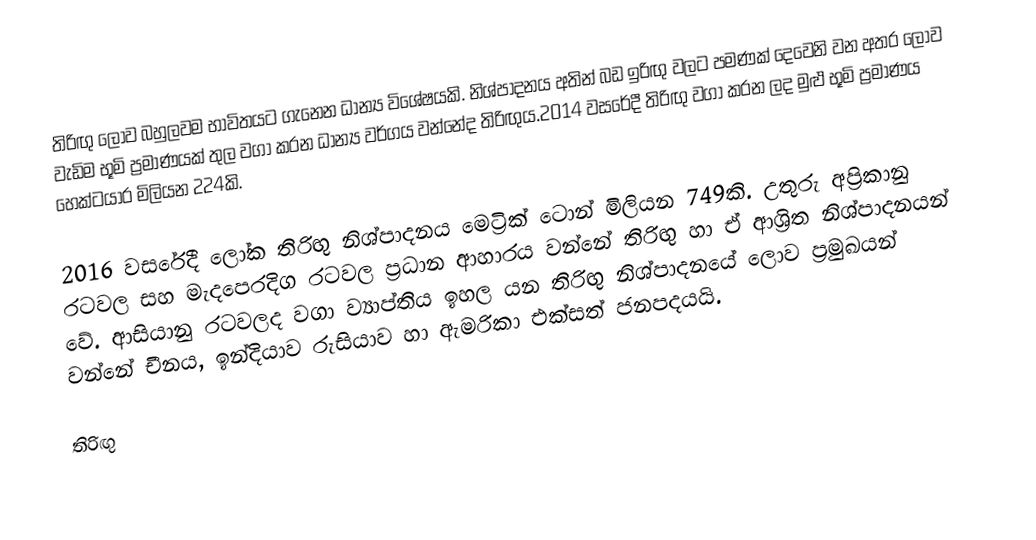
තිරිඟු ලොව බහුලවම භාවිතයට ගැනෙන ධාන්‍ය විශේෂයකි. නිශ්පාදනය අතින් බඩ ඉරිඟු වලට පමණක් දෙවෙනි වන අතර ලොව වැඩිම භූමි ප්‍රමාණයක් තුල වගා කරන ධාන්‍ය වර්ගය වන්නේද තිරිඟුය.2014 වසරේදී තිරිඟු වගා කරන ලද මුළු භූමි ප්‍රමාණය හෙක්ටයාර මිලියන 224කි.

2016 වසරේදී ලෝක තිරිඟු නිශ්පාදනය මෙට්‍රික් ටොන් මිලියන 749කි. උතුරු අප්‍රිකානු රටවල සහ මැදපෙරදිග රටවල ප්‍රධාන ආහාරය වන්නේ තිරිඟු හා ඒ ආශ්‍රිත නිශ්පාදනයන් වේ. ආසියානු රටවලද වගා ව්‍යාප්තිය ඉහල යන තිරිඟු නිශ්පාදනයේ ලොව ප්‍රමුඛයන් වන්නේ චීනය, ඉන්දියාව රුසියාව හා ඇමරිකා එක්සත් ජනපදයයි.

තිරිඟු